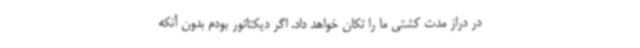
در دراز مدت کشتی ما را تکان خواهد داد. اگر دیکتاتور بودم بدون آنکه